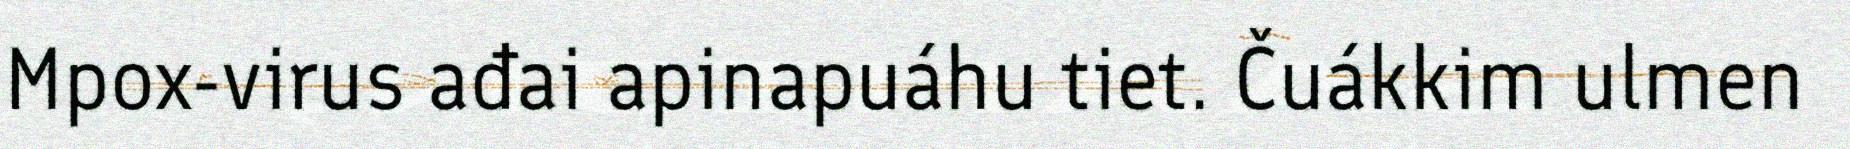
Mpox-virus ađai apinapuáhu tiet. Čuákkim ulmen